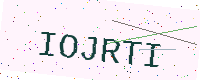
Text: IOJRTI